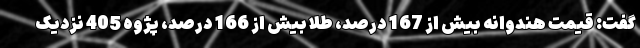
گفت: قیمت هندوانه بیش از 167 درصد، طلا بیش از 166 درصد، پژوه 405 نزدیک